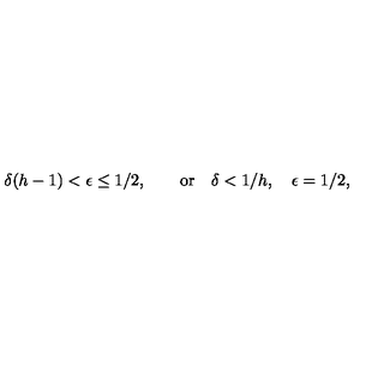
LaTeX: \delta ( h - 1 ) < \epsilon \leq 1 / 2 , \qquad \mathrm { o r } \quad \delta < 1 / h , \quad \epsilon = 1 / 2 ,